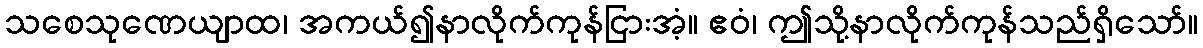
သစေသုဏေယျာထ၊ အကယ်၍နာလိုက်ကုန်ငြားအံ့။ ဧဝံ၊ ဤသို့နာလိုက်ကုန်သည်ရှိသော်။